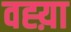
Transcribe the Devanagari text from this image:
वह्य़ा